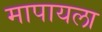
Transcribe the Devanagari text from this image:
मापायला